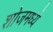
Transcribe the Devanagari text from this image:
शोजमध्ये